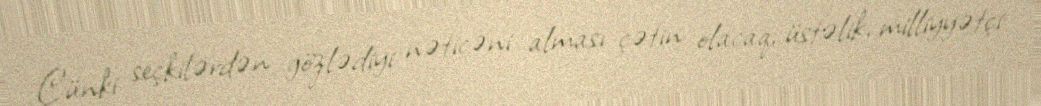
Çünki seçkilərdən gözlədiyi nəticəni alması çətin olacaq, üstəlik, milliyyətçi